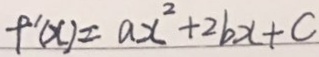
f ^ { \prime } ( x ) = a x ^ { 2 } + 2 b x + c